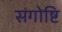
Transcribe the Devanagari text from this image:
संगोष्टि